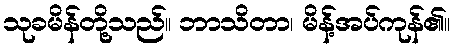
သုခမိန်တို့သည်။ ဘာသိတာ၊ မိန့်အပ်ကုန်၏။